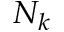
N _ { k }